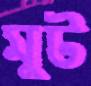
মুট